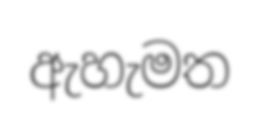
ඇහැමත